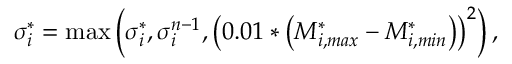
\sigma _ { i } ^ { * } = \operatorname* { m a x } \left( \sigma _ { i } ^ { * } , \sigma _ { i } ^ { n - 1 } , \left( 0 . 0 1 * \left( M _ { i , m a x } ^ { * } - M _ { i , m i n } ^ { * } \right) \right) ^ { 2 } \right) ,